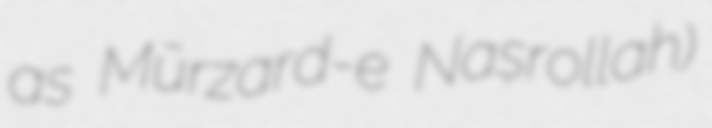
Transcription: as Mūrzard-e Naṣrollah)